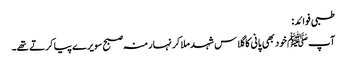
طبی فوائد:
آپ ﷺ خود بھی پانی کا گلاس شہد ملا کر نہار منہ صبح سویرے پیا کرتے تھے۔